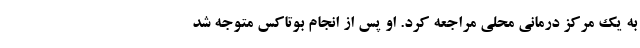
به یک مرکز درمانی محلی مراجعه کرد. او پس از انجام بوتاکس متوجه شد